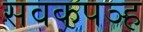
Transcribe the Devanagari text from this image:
सवकपञ्ह